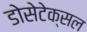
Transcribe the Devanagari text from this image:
डोसेटेक्सल